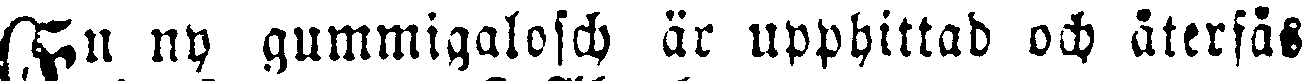
En ny gummigalosch är upphittad och återfås